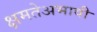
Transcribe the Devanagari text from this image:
क्षमतेअभावी